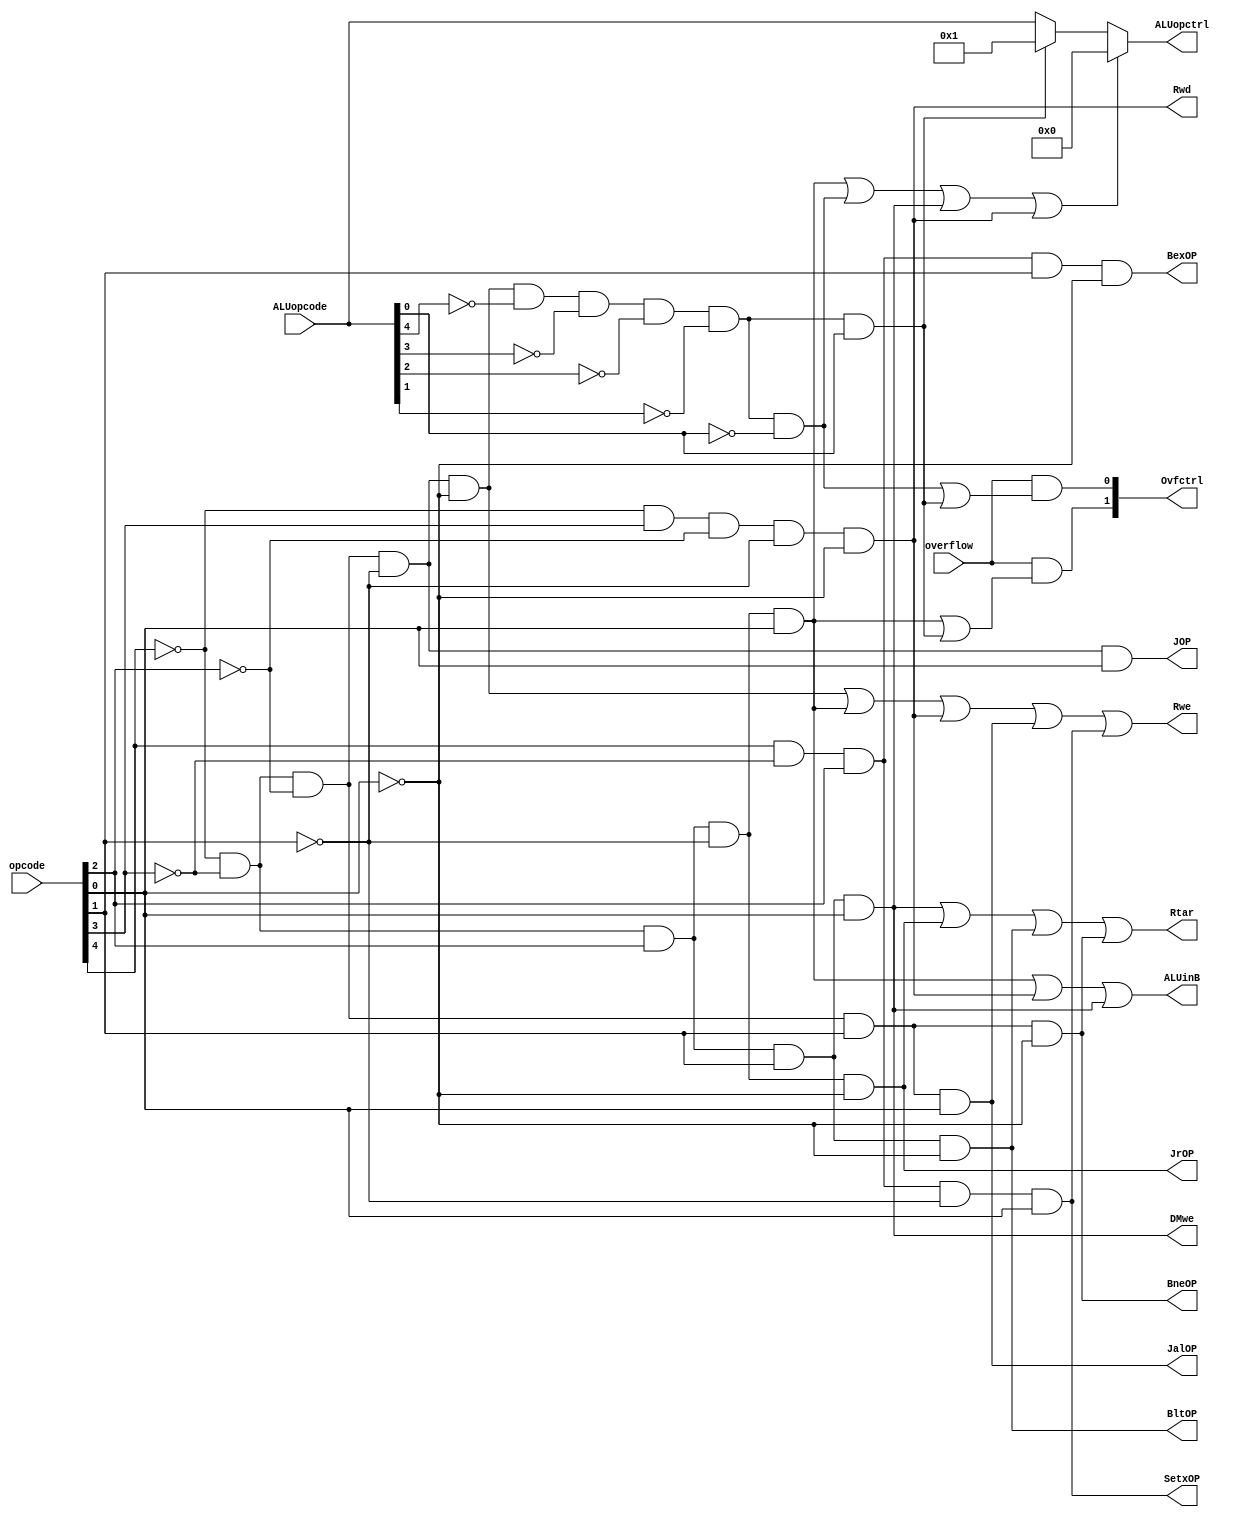
module ctrl_unit(opcode, ALUopcode, overflow, Rwe, Rtar, Rwd, ALUinB, ALUopctrl, Ovfctrl,  
	              DMwe, BltOP, BneOP, BexOP, JOP, JrOP, JalOP, SetxOP);
	
	///////////////////////////// Port Declarations ///////////////////////////// 
	input overflow;                                       // Overflow for the ALU
	input [4:0] opcode, ALUopcode;                        // Operation code & ALU Operation code
	
	output Rwe, Rtar, Rwd;                                // Register control flag
	output ALUinB;                                        // ALU unit control flag  
	output DMwe;                                          // Data Memory write control
	output BltOP, BneOP, BexOP, JOP, JrOP, JalOP, SetxOP; // Branch & Jump instruction flag
	output [1:0] Ovfctrl;                                 // Overflow control flag      
	output [4:0] ALUopctrl;                               // ALU operation code 
	
	///////////////// Internal Wires and Registers Declarations /////////////////
	// Different Operations
	wire arithOP, arithiOP, swOP, lwOP;                   // Arthematric and load type instruction flag
	wire addOP, subOP, addiOP;                            // ALU operation
	
	//////////////////////////// Combinational Logic ////////////////////////////
	// Arithmatric function
	assign arithOP  = (~opcode[4]) & (~opcode[3]) & (~opcode[2]) & (~opcode[1]) & (~opcode[0]); // All arithmatric R OP 00000
	assign arithiOP = (~opcode[4]) & (~opcode[3]) & ( opcode[2]) & (~opcode[1]) & ( opcode[0]); // ADDI & SUBI 00101
	
	// Load and Save
	assign swOP     = (~opcode[4]) & (~opcode[3]) & ( opcode[2]) & ( opcode[1]) & ( opcode[0]); // SW  00111
	assign lwOP     = (~opcode[4]) & ( opcode[3]) & (~opcode[2]) & (~opcode[1]) & (~opcode[0]); // lw  01000
	
	// Jump function
	assign JOP      = (~opcode[4]) & (~opcode[3]) & (~opcode[2]) & (~opcode[1]) & ( opcode[0]); // j   00001
	assign JrOP     = (~opcode[4]) & (~opcode[3]) & ( opcode[2]) & (~opcode[1]) & (~opcode[0]); // jr  00100
	assign JalOP    = (~opcode[4]) & (~opcode[3]) & (~opcode[2]) & ( opcode[1]) & ( opcode[0]); // jal 00011
	
	// Binary function
	assign BneOP    = (~opcode[4]) & (~opcode[3]) & (~opcode[2]) & ( opcode[1]) & (~opcode[0]); // bne 00010
	assign BltOP    = (~opcode[4]) & (~opcode[3]) & ( opcode[2]) & ( opcode[1]) & (~opcode[0]); // blt 00110
	assign BexOP    = ( opcode[4]) & (~opcode[3]) & ( opcode[2]) & ( opcode[1]) & (~opcode[0]); // bex (not in MIPS) 10110
	assign SetxOP   = ( opcode[4]) & (~opcode[3]) & ( opcode[2]) & (~opcode[1]) & ( opcode[0]); // setx(not in MIPS) 10101
	
	// Output control line
	assign Rwe    = arithOP | arithiOP | lwOP | JalOP | SetxOP;  // write enable
	assign Rtar   = swOP | JrOP | BltOP | BneOP;                 // destination
	assign Rwd    = lwOP;                                        // write data (ALU or Dmem)
	assign DMwe   = swOP;                                        // Dmemory write enable
	assign ALUinB = arithiOP | lwOP | swOP;                      // ALU B port input
	
	// ALU operation code control
	assign addOP  = arithOP  & (~ALUopcode[4]) & (~ALUopcode[3]) & (~ALUopcode[2]) & (~ALUopcode[1]) & (~ALUopcode[0]);
	assign subOP  = arithOP  & (~ALUopcode[4]) & (~ALUopcode[3]) & (~ALUopcode[2]) & (~ALUopcode[1]) & ( ALUopcode[0]); 
	assign addiOP = arithiOP;
	assign ALUopctrl = (addiOP | addOP | swOP | lwOP) ? 5'd0 : (subOP ? 5'd1 : ALUopcode);
	
	// Overflow control
	assign Ovfctrl = {overflow & (addiOP | subOP), overflow & (addOP | subOP)};
	
endmodule